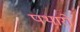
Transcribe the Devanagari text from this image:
पथारो